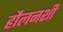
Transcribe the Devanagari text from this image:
हौलनशी